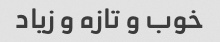
خوب و تازه و زیاد